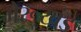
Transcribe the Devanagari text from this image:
मेरूखंड